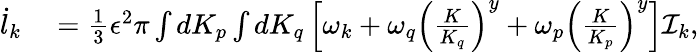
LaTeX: \begin{array}{rl}{\dot{l}_{k}}&{{}=\frac{1}{3}\epsilon^{2}\pi\int dK_{p}\int dK_{q}\left[\omega_{k}+\omega_{q}\left(\frac{K}{K_{q}}\right)^{y}+\omega_{p}\left(\frac{K}{K_{p}}\right)^{y}\right]\mathcal{I}_{k},}\end{array}